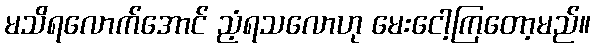
မသိရလောက်အောင် ညံ့ရသလောဟု မေးငေါ့ကြတော့မည်။